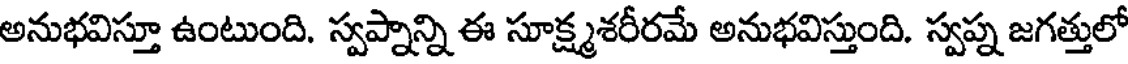
అనుభవిస్తూ ఉంటుంది. స్వప్నాన్ని ఈ సూక్ష్మశరీరమే అనుభవిస్తుంది. స్వప్న జగత్తులో